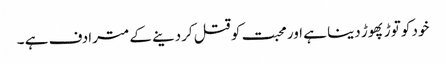
خود کو توڑ پھوڑ دینا ہے اور محبت کو قتل کردینے کے مترادف ہے ۔